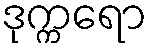
ဒုက္ကရော